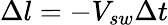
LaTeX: \Delta l=-V_{sw}\Delta t